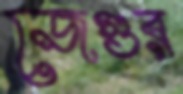
জেগুর